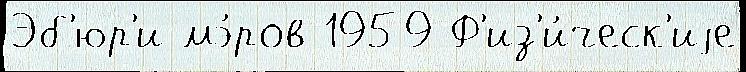
Эб'юр'и мэ́ров 1959 Ф'из'и́ческ'иjе